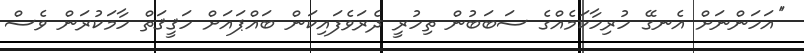
''އަހަންނަށް އެނގޭ ހުރިހާކަމެއްގެ ސަބަބުން ތިހުރީ ދެރަވެފައިކަން ބައްޕައަށް ހަޤީޤަތް ހާމަކުރަން ވެސް